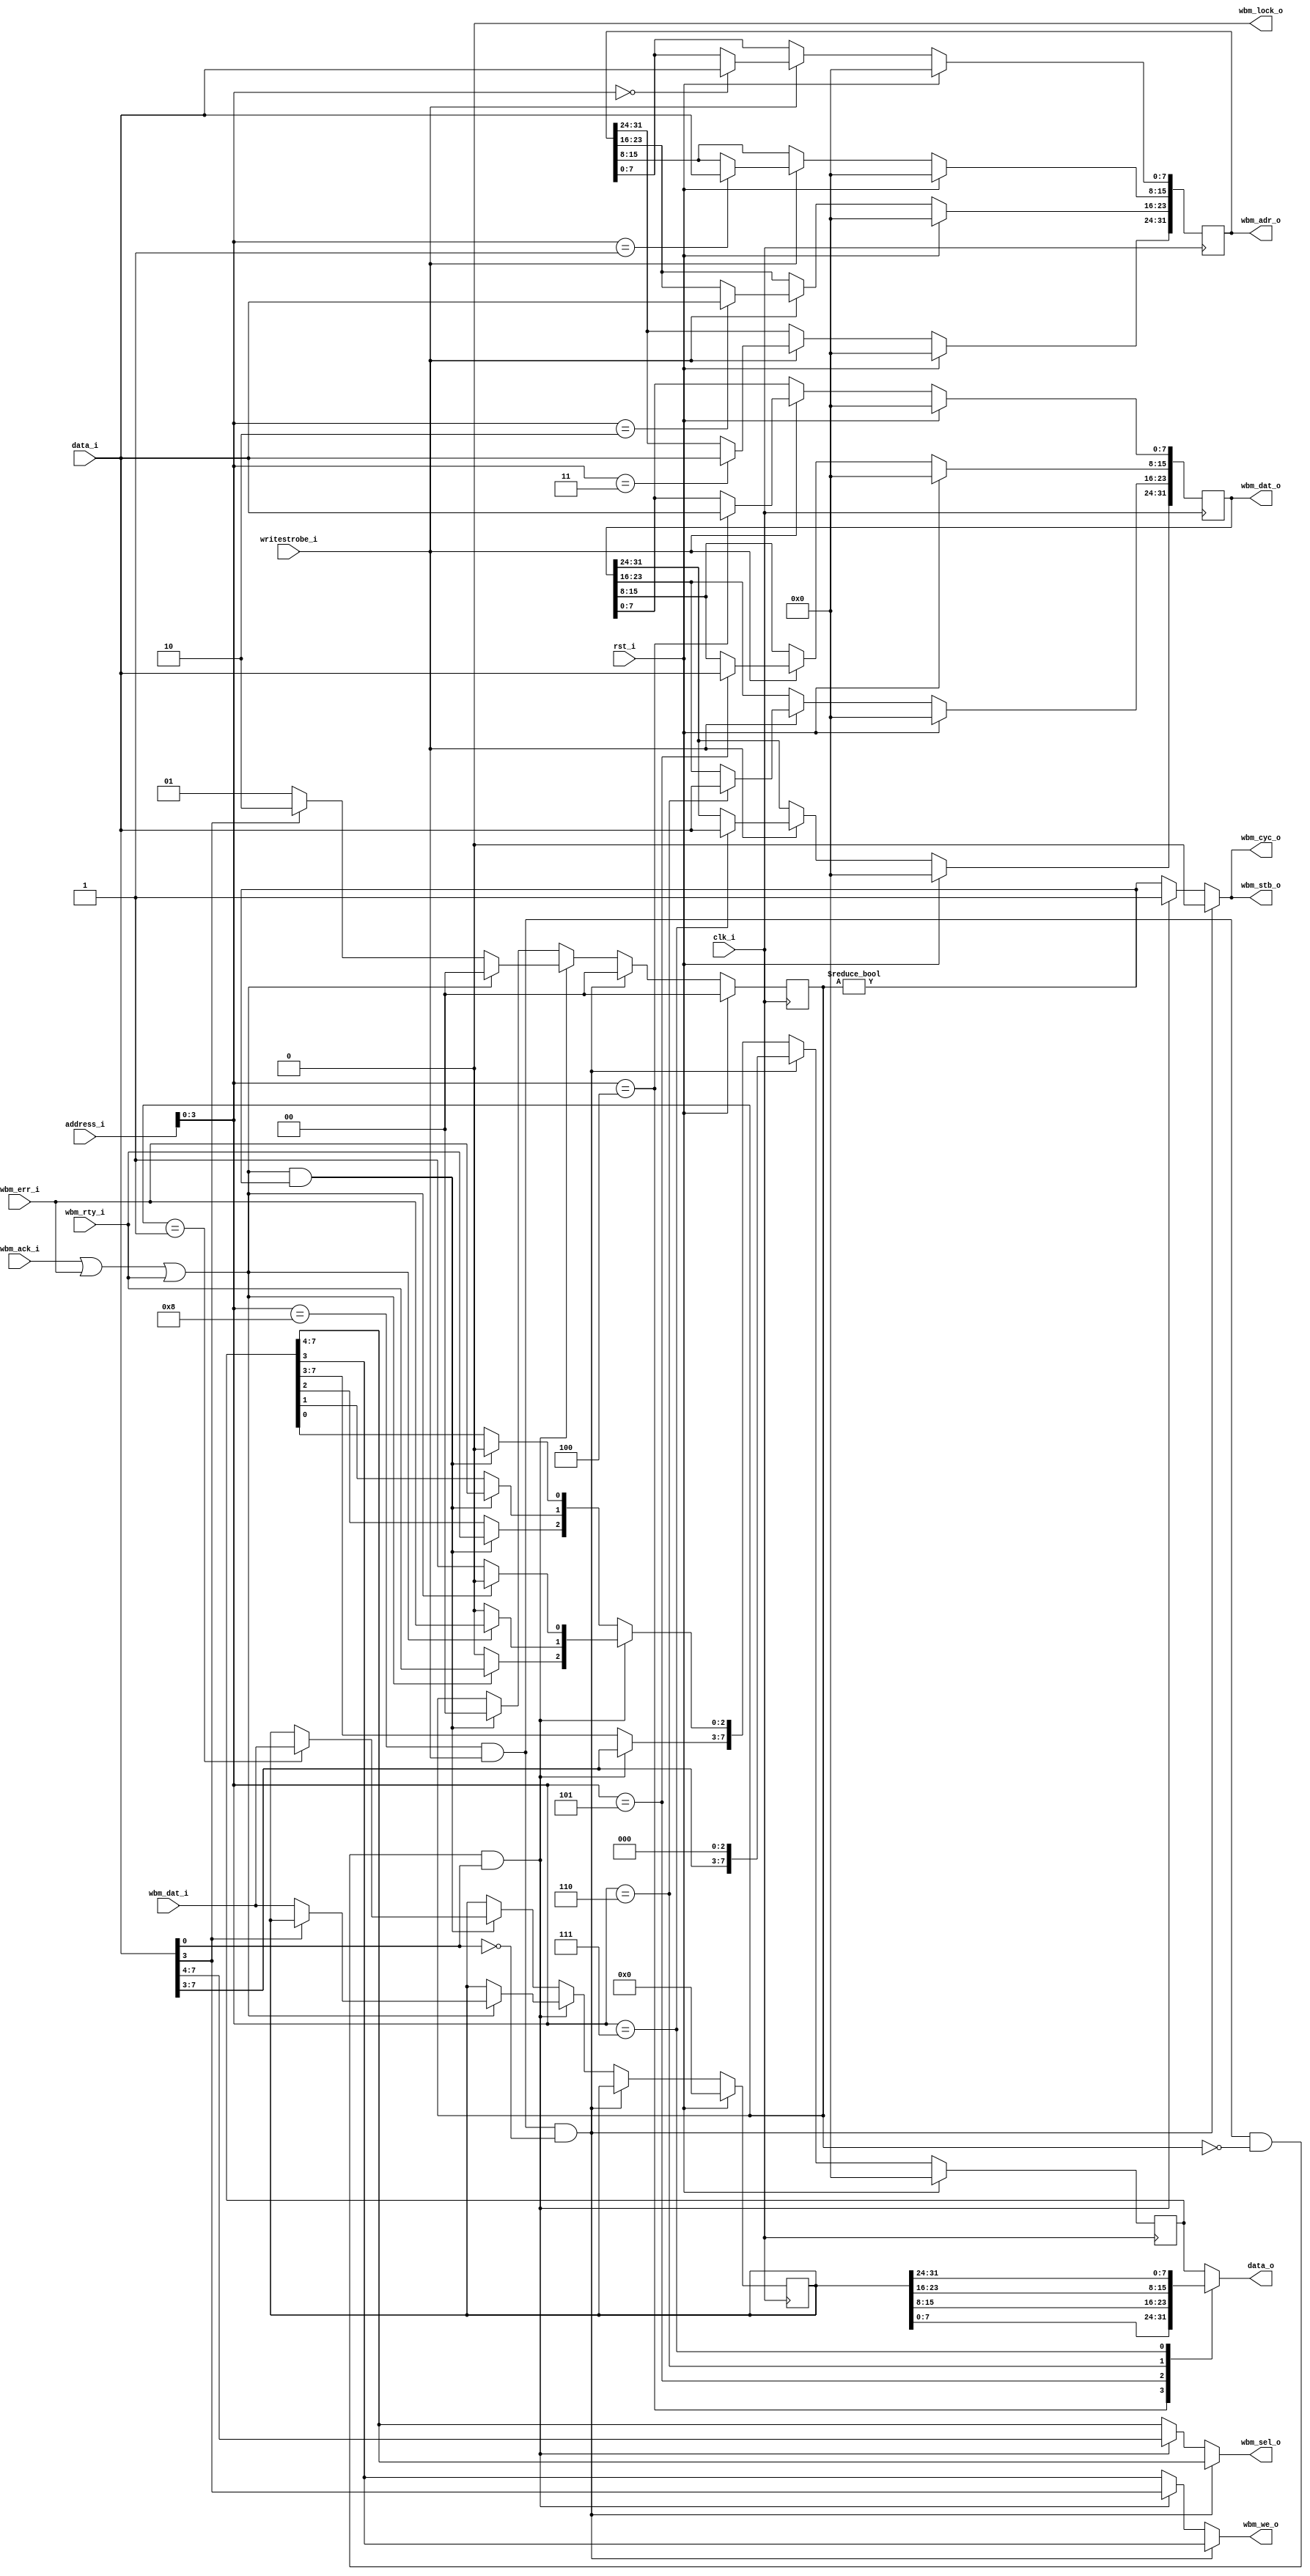
module serial_wb_wbmaster(
   // This assumes that the wishbone port and the MCU operates on the
   // same clock
    input wire clk_i,
    input wire rst_i,

   // Simple MCU port
    input wire [7:0] data_i,
    output reg [7:0] data_o,
    input wire writestrobe_i,
    input wire [7:0] address_i,


   // Wishbone master interface wbm_*:
   input wire [31:0] wbm_dat_i,
   output reg [31:0] wbm_dat_o,
   input wire 	 wbm_ack_i,
   output reg [31:0] wbm_adr_o,
   output reg 	 wbm_cyc_o,
   input wire 	 wbm_err_i,
   output wire 	 wbm_lock_o,
   input wire 	 wbm_rty_i,
   output reg [3:0]  wbm_sel_o,
   output reg 	 wbm_stb_o,
   output reg 	 wbm_we_o
			  );
   




   // Status register on control port 8
   reg [7:0] 	 statusreg_r;
   reg [7:0] 	 next_statusreg;


   // data read from wishbone bus
   reg [31:0]	 read_reg_r;
   reg [31:0]	 next_read_reg;
   
   
   

   // Control Port for Wishbone Master 
   // 0-3 WB address
   // 4-7 WB data
   // 8
   //   Bit 0: Start wishbone transaction (bit is 1 until transaction is terminated) Write a 0 to abort transaction
   //   Bit 1: transaction terminated by err_i
   //   Bit 2: transaction terminated by rty_i
   //   Bit 3: read/write: 1 is write, 0 is read transaction
   //   4-7: sel signals


   assign 	 wbm_lock_o = 0; // This core does not use the lock interface


   // This block handles the address port of the wishbone interface

   always @(posedge clk_i) begin
      if(rst_i == 1'b1) begin
	 wbm_adr_o <= 32'b0;
      end else if(writestrobe_i) begin
	 case(address_i[3:0])
	   4'd0: wbm_adr_o[7:0] <= data_i;
	   4'd1: wbm_adr_o[15:8] <= data_i;
	   4'd2: wbm_adr_o[23:16] <= data_i;
	   4'd3: wbm_adr_o[31:24] <= data_i;
	 endcase // case(address_i[3:0])
      end
   end

   always @(posedge clk_i) begin
      if(rst_i == 1'b1) begin
	 wbm_dat_o <= 32'b0;
      end else if(writestrobe_i) begin
	 case(address_i[3:0])
	   4'd4: wbm_dat_o[7:0] <= data_i;
	   4'd5: wbm_dat_o[15:8] <= data_i;
	   4'd6: wbm_dat_o[23:16] <= data_i;
	   4'd7: wbm_dat_o[31:24] <= data_i;
	 endcase // case(address_i[3:0])
      end
   end


   
   ////////////////////////////////////////////////////////////////////////
   //
   // Wishbone transaction state machine
   //
   ////////////////////////////////////////////////////////////////////////
   
   reg [1:0] next_wb_state;
   reg [1:0] wb_state_r;

`define WB_STATE_IDLE 2'b00
`define WB_STATE_READ 2'b01
`define WB_STATE_WRITE 2'b10


   // true if the slave responds with a termination cycle
   wire      cycle_terminated;
   assign    cycle_terminated = wbm_ack_i || wbm_err_i || wbm_rty_i;

   wire      ctrl_write;
   assign    ctrl_write = (address_i[3:0] == 4'd8) && writestrobe_i;

   always @(address_i or statusreg_r) begin
      case(address_i[3:0])
	4'd4: data_o = read_reg_r[7:0];
	4'd5: data_o = read_reg_r[15:8];
	4'd6: data_o = read_reg_r[23:16];
	4'd7: data_o = read_reg_r[31:24];
	default: data_o = statusreg_r;
      endcase // case(address_i)
   end
   

   // State machine for the wishbone master
   always @(ctrl_write or cycle_terminated
	    or data_i or  statusreg_r or wb_state_r
	    or wbm_err_i or wbm_rty_i) begin
      next_wb_state = wb_state_r;

      // Default value for these:
      wbm_cyc_o = (next_wb_state != `WB_STATE_IDLE);
      wbm_stb_o = (next_wb_state != `WB_STATE_IDLE);

      next_statusreg = statusreg_r;

      wbm_we_o = statusreg_r[3];
      wbm_sel_o = statusreg_r[7:4];
      
      next_read_reg = read_reg_r;

      if(ctrl_write && !data_i[0]) begin
	 // Abort transaction immediately
	 next_wb_state = `WB_STATE_IDLE;
	 wbm_cyc_o = 0;
	 wbm_stb_o = 0;
	 next_statusreg = {data_i[7:3],3'b000};
      end else if(ctrl_write && (wb_state_r == `WB_STATE_IDLE) && data_i[0]) begin
	 // Start a transaction
	 wbm_cyc_o = 1;
	 wbm_stb_o = 1;
	 next_statusreg = {data_i[7:3],3'b001};
	 wbm_we_o = data_i[3];
	 wbm_sel_o = data_i[7:4];
	 

	 if(cycle_terminated) begin
	    // Transaction terminated on first cycle
	    next_wb_state = `WB_STATE_IDLE;
	    next_statusreg[0] = 0;
	    next_statusreg[1] = wbm_err_i;
	    next_statusreg[2] = wbm_rty_i;

	    if(!data_i[3]) begin
	       next_read_reg = wbm_dat_i;
	    end
	    
	 end else begin
	    
	    // Wait for the transaction to end
	    if(data_i[3]) begin
	      next_wb_state = `WB_STATE_WRITE;
	    end else begin
	      next_wb_state = `WB_STATE_READ;
	    end
	    
	 end // else: !if(cycle_terminated)

      end else if(cycle_terminated && (wb_state_r != `WB_STATE_IDLE)) begin
	 // Terminate this cycle
	 next_wb_state = `WB_STATE_IDLE;
	 next_statusreg[0] = 0;
	 next_statusreg[1] = wbm_err_i;
	 next_statusreg[2] = wbm_rty_i;
	 if(wb_state_r == `WB_STATE_READ) begin
	    next_read_reg = wbm_dat_i;
	 end
	 
      end
   end // always @ (ctrl_write or cycle_terminated...

			
   always @(posedge clk_i) begin
      if(rst_i == 1'b1) begin
	 wb_state_r <= `WB_STATE_IDLE;
	 statusreg_r <= 0;
	 read_reg_r <= 0;
      end else begin
	 wb_state_r <= next_wb_state;
	 statusreg_r <= next_statusreg;
	 read_reg_r <= next_read_reg;
      end
   end // always @ (posedge clk_i)

   
   
endmodule